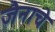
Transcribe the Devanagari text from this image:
जैनाचे